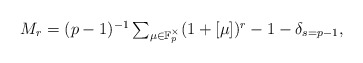
\begin{align*}M_r & = \textstyle (p-1)^{-1} \sum_{\mu \in \mathbb F_p^\times} (1 + [\mu])^r - 1 - \delta_{s=p-1},\end{align*}